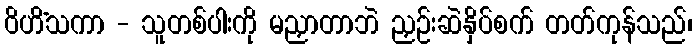
ဝိဟိံသကာ - သူတစ်ပါးကို မညှာတာဘဲ ညှဉ်းဆဲနှိပ်စက် တတ်ကုန်သည်၊